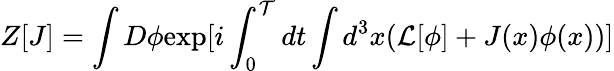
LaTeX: Z[J]=\int D\phi\mathrm{exp}[i\int_{0}^{\cal T}dt\int d^{3}x({\cal L}[\phi]+J(x)\phi(x))]